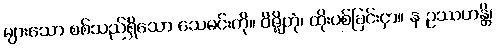
များသော စစ်သည်ရှိသော သေမင်းကို။ ဝိဇ္ဈိတုံ၊ ထိုးပစ်ခြင်းငှာ။ န ဥဿဟန္တိ၊